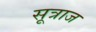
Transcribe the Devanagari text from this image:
सूत्राज